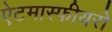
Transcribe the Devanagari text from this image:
ऐटमास्फीयरों